Vaccination in Bombay 1924-1928 - 1924-1928
Year: 1924
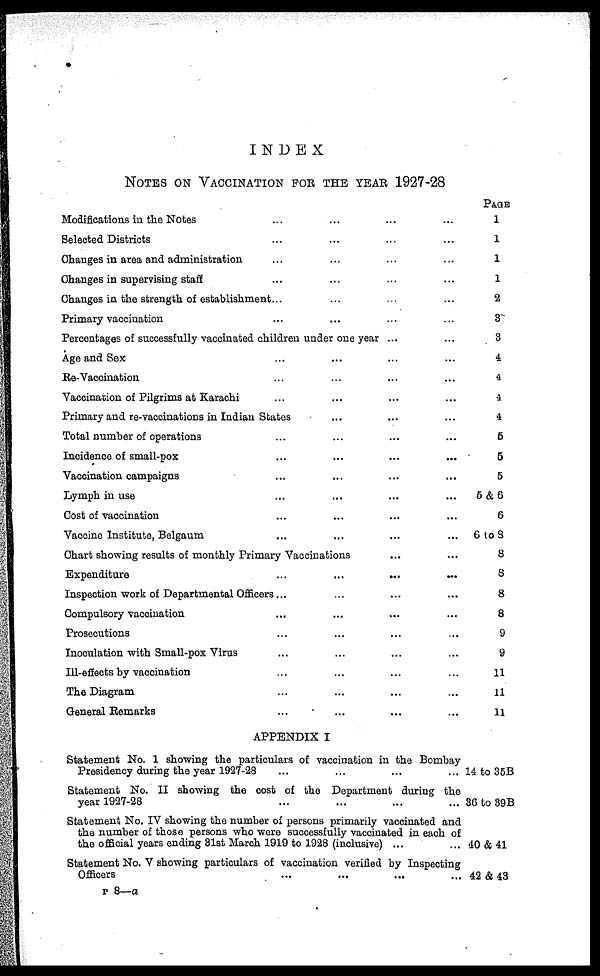
INDEX
NOTES ON VACCINATION FOR THE YEAR 1927-28
Modifications in the Notes ... ... ... ...
Selected Districts ... ... ... ...
Changes in area and administration ... ... ... ...
Changes in supervising staff ... ... ... ...
Changes in the strength of establishment ... ... ... ...
Primary vaccination ... ... ... ...
Percentages of successfully vaccinated children under one year ... ...
Age and Sex ... ... ... ...
Re-Vaccination ... ... ... ...
Vaccination of Pilgrims at Karachi ... ... ... ...
Primary and re-vaccinations in Indian States ... ... ... ...
Total number of operations ... ... ... ...
Incidence of small-pox ... ... ... ...
Vaccination campaigns ... ... ... ...
Lymph in use ... ... ... ...
Cost of vaccination ... ... ... ...
Vaccine Institute, Belgaum ... ... ... ...
Chart showing results of monthly Primary Vaccinations ... ...
Expenditure
...
... ... ...
Inspection work of Departmental Officers... ... ... ...
Compulsory vaccination ... ... ... ...
Prosecutions ... ... ... ...
Inoculation with Small-pox Virus ... ... ... ...
Ill-effects by vaccination ... ... ... ...
The Diagram ... ... ... ...
General Remarks ... ... ... ...
APPENDIX I
Statement No. 1 showing the particulars of vaccination in the Bombay
Presidency during the year 1927-28 ... ... ... ...
Statement No. II showing the cost of the Department during the
year 1927-28 ... ... ... ...
Statement No. IV showing the number of persons primarily vaccinated and
the number of those persons who were successfully vaccinated in each of
the official years ending 31st March 1919 to 1928 (inclusive) ... ...
Statement No. V showing particulars of vaccination verified by Inspecting
Officers ... ... ... ...
PAGE
1
1
1
1
2
3
3
4
4
4
4
5
5
5
5&6
6
6 to8
8
8
8
8
9
9
11
11
11
14 to 35B
36 to 39B
40&41
42&43
P 8—a